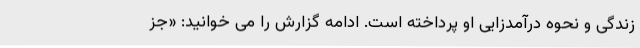
زندگی و نحوه درآمدزایی او پرداخته است. ادامه گزارش را می خوانید: «جز